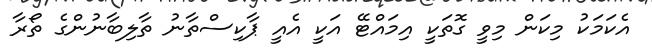
އެކަމަކު މިކަން މިވީ ގޮތަކީ އިމައްޓޭ އަކީ އެއީ ޕާކިސްތާނު ތާލިބާނުންގެ ތޯރާ